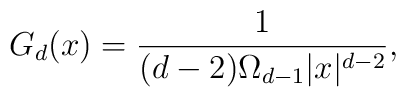
G_d(x) = \frac{1 }{ (d-2) \Omega_{d-1} |x|^{d-2} },